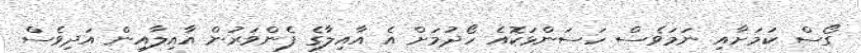
ގޯސް ކަމަށާއި ނަމަވެސް ހަސަންޅަކޮއެ ހޯދުމަށް އެ އާއިލާގެ ފެންވަރުން އާއިލާއިން އަދިވެސް